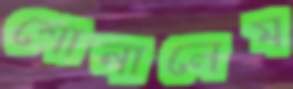
শোনালেম